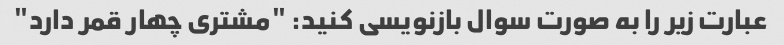
عبارت زیر را به صورت سوال بازنویسی کنید: "مشتری چهار قمر دارد"